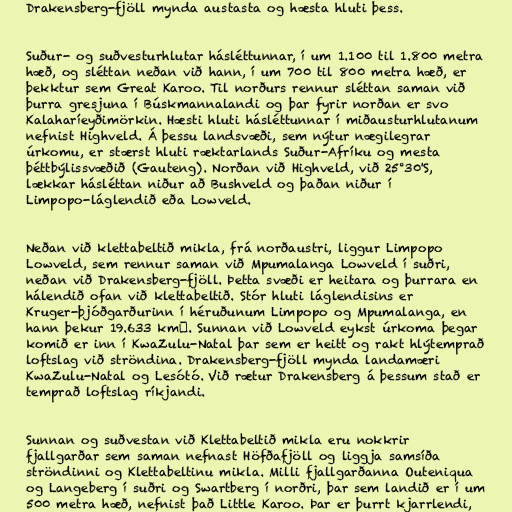
Drakensberg-fjöll mynda austasta og hæsta hluti þess.

Suður- og suðvesturhlutar hásléttunnar, í um 1.100 til 1.800 metra
hæð, og sléttan neðan við hann, í um 700 til 800 metra hæð, er
þekktur sem Great Karoo. Til norðurs rennur sléttan saman við
þurra gresjuna í Búskmannalandi og þar fyrir norðan er svo
Kalaharíeyðimörkin. Hæsti hluti hásléttunnar í miðausturhlutanum
nefnist Highveld. Á þessu landsvæði, sem nýtur nægilegrar
úrkomu, er stærst hluti ræktarlands Suður-Afríku og mesta
þéttbýlissvæðið (Gauteng). Norðan við Highveld, við 25°30'S,
lækkar hásléttan niður að Bushveld og þaðan niður í
Limpopo-láglendið eða Lowveld.

Neðan við klettabeltið mikla, frá norðaustri, liggur Limpopo
Lowveld, sem rennur saman við Mpumalanga Lowveld í suðri,
neðan við Drakensberg-fjöll. Þetta svæði er heitara og þurrara en
hálendið ofan við klettabeltið. Stór hluti láglendisins er
Kruger-þjóðgarðurinn í héruðunum Limpopo og Mpumalanga, en
hann þekur 19.633 km². Sunnan við Lowveld eykst úrkoma þegar
komið er inn í KwaZulu-Natal þar sem er heitt og rakt hlýtemprað
loftslag við ströndina. Drakensberg-fjöll mynda landamæri
KwaZulu-Natal og Lesótó. Við rætur Drakensberg á þessum stað er
temprað loftslag ríkjandi.

Sunnan og suðvestan við Klettabeltið mikla eru nokkrir
fjallgarðar sem saman nefnast Höfðafjöll og liggja samsíða
ströndinni og Klettabeltinu mikla. Milli fjallgarðanna Outeniqua
og Langeberg í suðri og Swartberg í norðri, þar sem landið er í um
500 metra hæð, nefnist það Little Karoo. Þar er þurrt kjarrlendi,